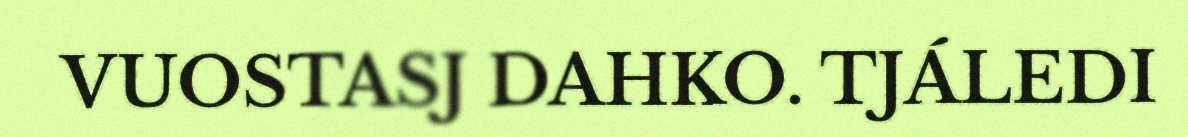
VUOSTASJ DAHKO. TJÁLEDI